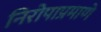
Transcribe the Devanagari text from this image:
निरोपाप्रमाणे